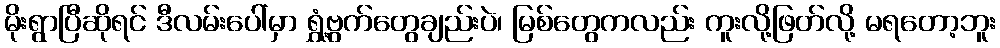
မိုးရွာပြီဆိုရင် ဒီလမ်းပေါ်မှာ ရွှံ့ဗွက်တွေချည်းပဲ၊ မြစ်တွေကလည်း ကူးလို့ဖြတ်လို့ မရတော့ဘူး